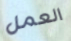
العمل